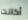
أكانت